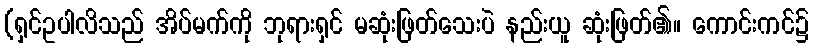
(ရှင်ဥပါလိသည် အိပ်မက်ကို ဘုရားရှင် မဆုံးဖြတ်သေးပဲ နည်းယူ ဆုံးဖြတ်၏။ ကောင်းကင်၌